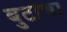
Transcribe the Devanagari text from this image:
बुटाचा